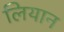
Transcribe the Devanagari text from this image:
लियान